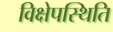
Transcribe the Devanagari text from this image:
विक्षेपस्थिति